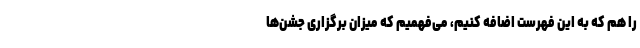
را هم که به این فهرست اضافه کنیم، می‌فهمیم که میزان برگزاری جشن‌ها